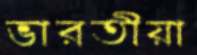
ভারতীয়া